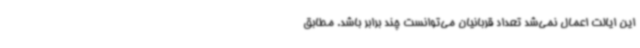
این ایالت اعمال نمی‌شد تعداد قربانیان می‌توانست چند برابر باشد. مطابق